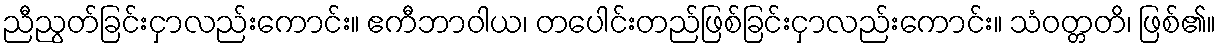
ညီညွတ်ခြင်းငှာလည်းကောင်း။ ဧကီဘာဝါယ၊ တပေါင်းတည်ဖြစ်ခြင်းငှာလည်းကောင်း။ သံဝတ္တတိ၊ ဖြစ်၏။